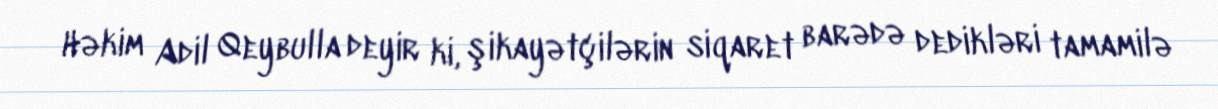
Həkim Adil Qeybulla deyir ki, şikayətçilərin siqaret barədə dedikləri tamamilə